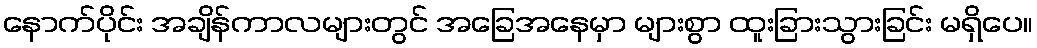
နောက်ပိုင်း အချိန်ကာလများတွင် အခြေအနေမှာ များစွာ ထူးခြားသွားခြင်း မရှိပေ။